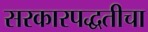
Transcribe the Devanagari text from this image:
सरकारपद्धतीचा